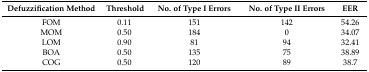
<table><thead><tr><td><b>Defuzzification Method</b></td><td><b>Threshold</b></td><td><b>No. of Type I Errors</b></td><td><b>No. of Type II Errors</b></td><td><b>EER</b></td></tr></thead><tbody><tr><td>FOM</td><td>0.11</td><td>151</td><td>142</td><td>54.26</td></tr><tr><td>MOM</td><td>0.50</td><td>184</td><td>0</td><td>34.07</td></tr><tr><td>LOM</td><td>0.90</td><td>81</td><td>94</td><td>32.41</td></tr><tr><td>BOA</td><td>0.50</td><td>135</td><td>75</td><td>38.89</td></tr><tr><td>COG</td><td>0.50</td><td>120</td><td>89</td><td>38.7</td></tr></tbody></table>